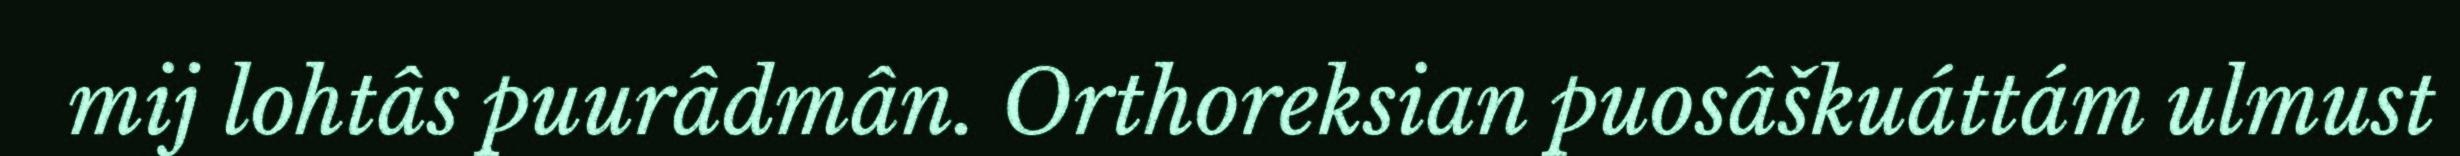
mij lohtâs puurâdmân. Orthoreksian puosâškuáttám ulmust